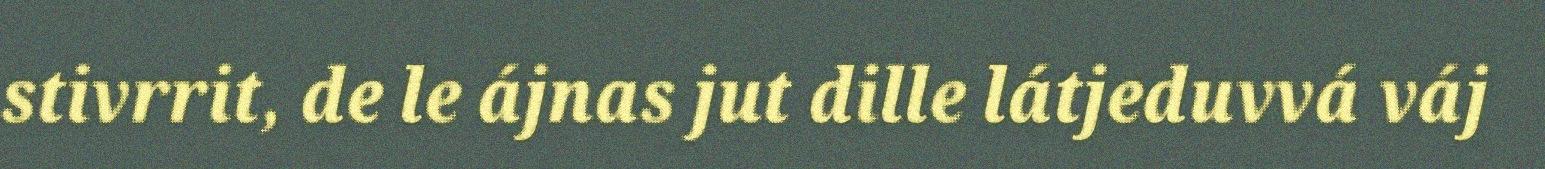
stivrrit, de le ájnas jut dille látjeduvvá váj